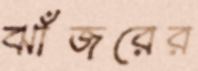
ঝাঁজরের